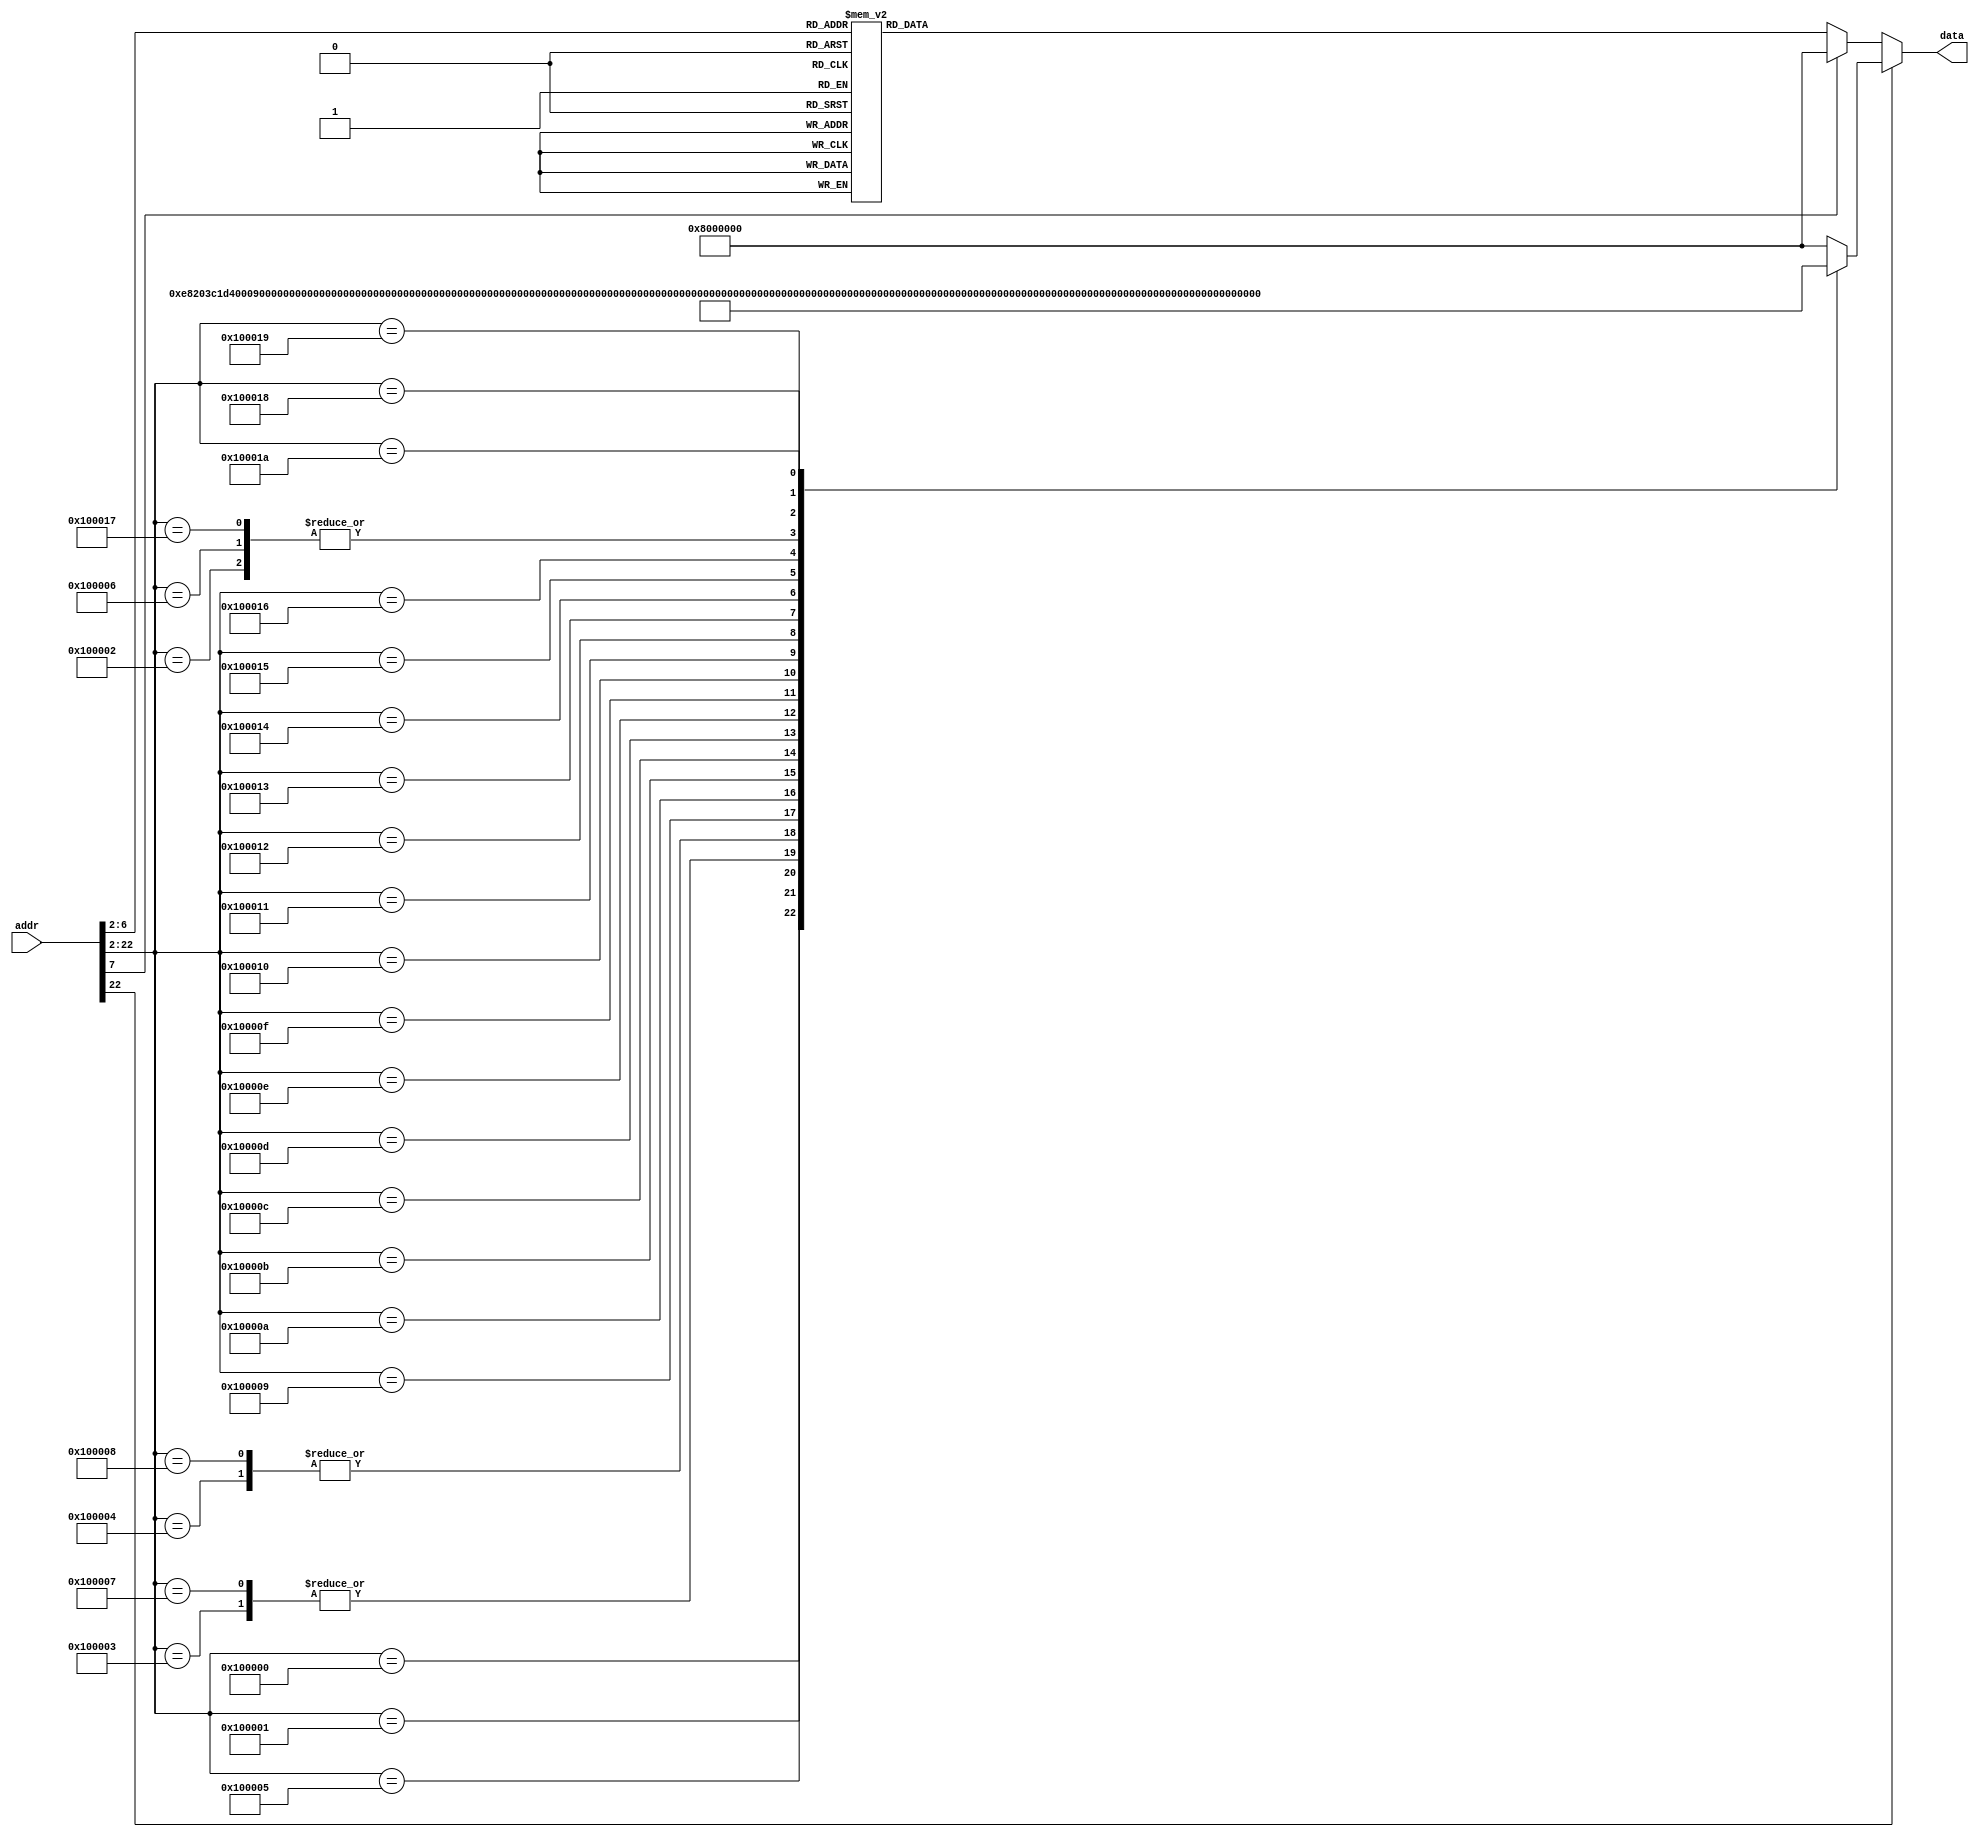

module ROM (addr,data);
input [31:0] addr;
output [31:0] data;
reg [31:0] data;
//localparam ROM_SIZE = 32;
//reg [31:0] ROM_DATA[ROM_SIZE-1:0];

always@(*)
    if (addr[22] == 0)
    begin
        case(addr[7:2])	//Address Must Be Word Aligned.
            0: data <= 32'h08000003;
            1: data <= 32'h08000011;
            2: data <= 32'h03400008;
            3: data <= 32'h0000f820;
            4: data <= 32'h3c1f0040;
            5: data <= 32'h0000e820;
            6: data <= 32'h3c1d4000;
            7: data <= 32'hafa00008;
            8: data <= 32'h00008820;
            9: data <= 32'h3c11ffff;
            10: data <= 32'hafb10000;
            11: data <= 32'h2411ffff;
            12: data <= 32'h3c11ffff;
            13: data <= 32'hafb10004;
            14: data <= 32'h20110003;
            15: data <= 32'hafb10008;
            16: data <= 32'h03e00008;
            17: data <= 32'h235afffc;
            18: data <= 32'hafa00008;
            19: data <= 32'h00048a00;
            20: data <= 32'h02258820;
            21: data <= 32'hafb10014;
            22: data <= 32'h20110003;
            23: data <= 32'hafb10008;
            24: data <= 32'h03400008;
           default:	data <= 32'h0800_0000;
        endcase
    end
    else
    begin
        case(addr[22:2])	
            1048576: data <= 32'h0000e820;
            1048577: data <= 32'h3c1d4000;
            1048578: data <= 32'h8fb00020;
            1048579: data <= 32'h32100008;
            1048580: data <= 32'h1200fffd;
            1048581: data <= 32'h8fa4001c;
            1048582: data <= 32'h8fb00020;
            1048583: data <= 32'h32100008;
            1048584: data <= 32'h1200fffd;
            1048585: data <= 32'h8fa5001c;
            1048586: data <= 32'h00808820;
            1048587: data <= 32'h00a09020;
            1048588: data <= 32'h12320008;
            1048589: data <= 32'h0232802a;
            1048590: data <= 32'h12000003;
            1048591: data <= 32'h02209820;
            1048592: data <= 32'h02408820;
            1048593: data <= 32'h02609020;
            1048594: data <= 32'h02329022;
            1048595: data <= 32'h02328822;
            1048596: data <= 32'h0810000c;
            1048597: data <= 32'h02201020;
            1048598: data <= 32'hafa2000c;
            1048599: data <= 32'h8fb00020;
            1048600: data <= 32'h32100010;
            1048601: data <= 32'h1600fffd;
            1048602: data <= 32'hafa20018;
           default:	data <= 32'h0800_0000;
        endcase
    end
    
endmodule